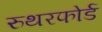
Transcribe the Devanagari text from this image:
रुथरफोर्ड